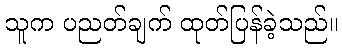
သူက ပညတ်ချက် ထုတ်ပြန်ခဲ့သည်။